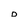
Character: D